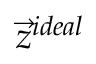
{ \vec { z } } ^ { i d e a l }